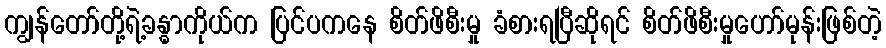
ကျွန်တော်တို့ရဲ့ခန္ဓာကိုယ်က ပြင်ပကနေ စိတ်ဖိစီးမှု ခံစားရပြီဆိုရင် စိတ်ဖိစီးမှုဟော်မုန်းဖြစ်တဲ့